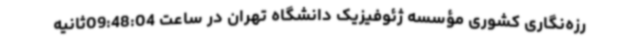
رزه‌نگاری کشوری مؤسسه ژئوفیزیک دانشگاه تهران در ساعت 09:48:04ثانیه